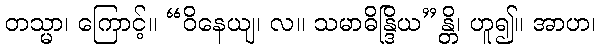
တသ္မာ၊ ကြောင့်။ “ဝိနေယျ၊ လ။ သမာဓိန္ဒြိယ”န္တိ၊ ဟူ၍။ အာဟ၊